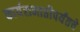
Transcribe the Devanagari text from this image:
कार्यसमाप्तीपर्यंतचे